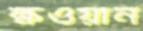
ক্ষওয়ান